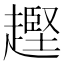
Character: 𧽡